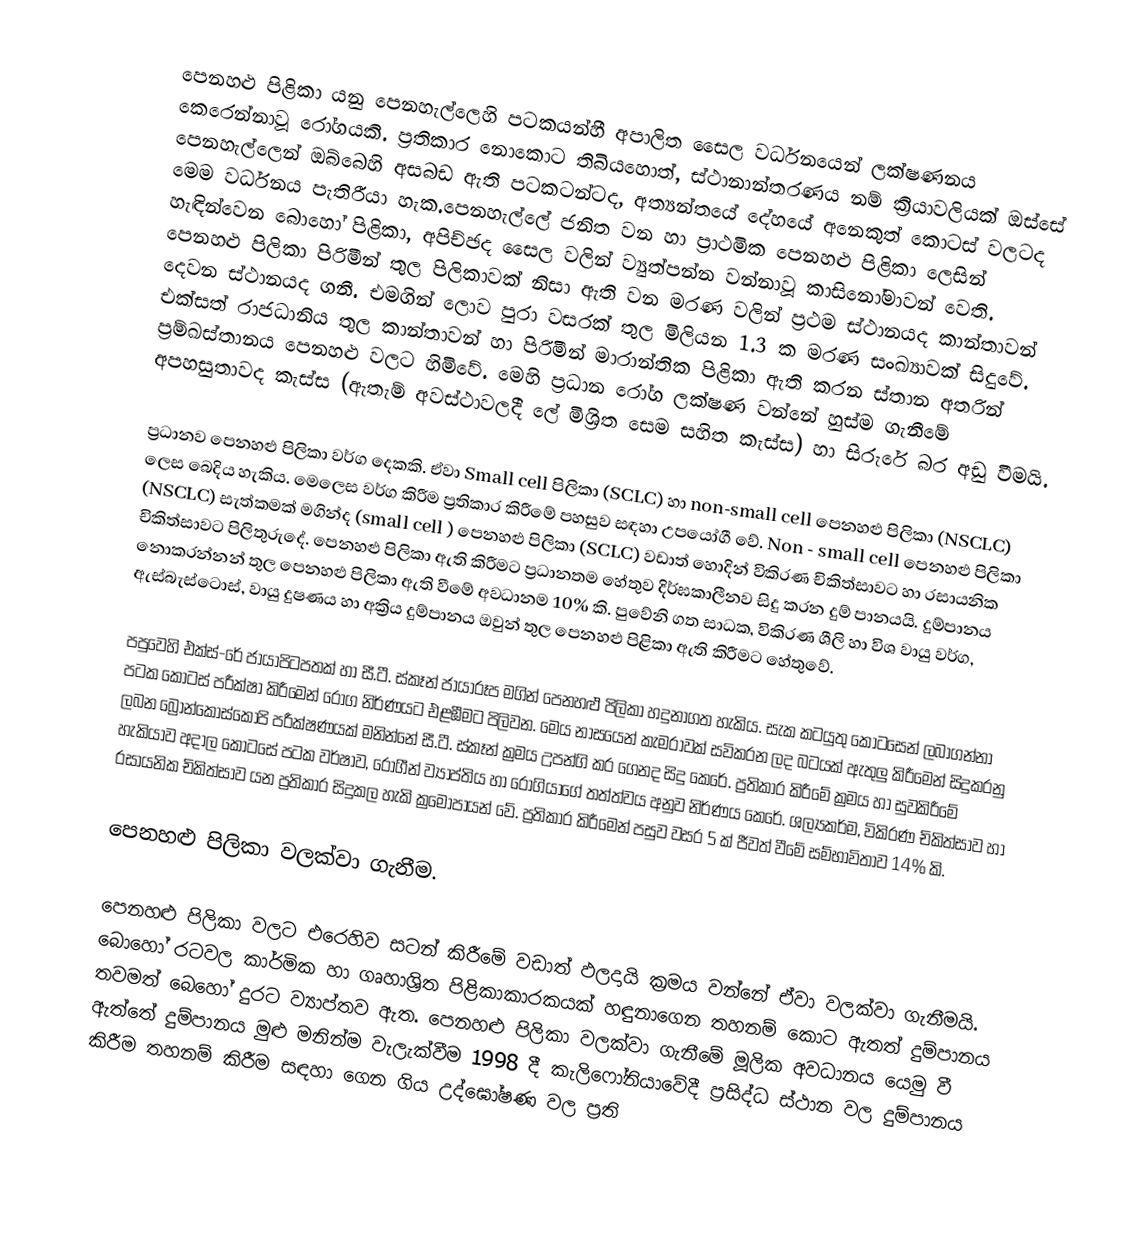
පෙනහළු පිළිකා යනු  පෙනහැල්ලෙහි පටකයන්හී අපාලිත සෛල වර්ධනයෙන් ලක්ෂණනය  කෙරෙන්නාවූ රෝගයකි. ප්‍රතිකාර නොකොට තිබියහොත්, ස්ථානාන්තරණය නම් ක්‍රියාවලියක් ඔස්සේ පෙනහැල්ලෙන්  ඔබ්බෙහි අසබඩ ඇති පටකටන්ටද, අත්‍යන්තයේ දේහයේ අනෙකුත් කොටස් වලටද මෙම වර්ධනය පැතිරීයා හැක.පෙනහැල්ලේ ජනිත වන හා  ප්‍රාථමික පෙනහළු පිළිකා ලෙසින් හැඳින්වෙන බොහෝ පිළිකා,  අපිච්ඡද සෛල වලින් ව්‍යුත්පන්න වන්නාවූ කාසිනෝමාවන් වෙති. පෙනහළු පිලිකා පිරිමීන් තුල පිලිකාවක් නිසා ඇති වන මරණ වලින් ප්‍රථම ස්ථානයද කාන්තාවන් දෙවන ස්ථානයද ගනී. එමගින් ලොව පුරා වසරක් තුල මිලියන 1.3 ක මරණ සංඛ්‍යාවක් සිදුවේ. එක්සත් රාජධානිය තුල කාන්තාවන් හා පිරිමීන් මාරාන්තික පිළිකා ඇති කරන ස්තාන අතරින් ප්‍රම්ඛස්තානය පෙනහළු වලට හිමිවේ. මෙහි ප්‍රධාන රෝග ලක්ෂණ වන්නේ හුස්ම ගැනීමේ අපහසුතාවද කැස්ස (ඇතැම් අවස්ථාවලදී ලේ මිශ්‍රිත සෙම සහිත කැස්ස) හා සිරුරේ බර අඩු වීමයි.

ප්‍රධානව පෙනහළු පිලිකා වර්ග දෙකකි. ඒවා Small cell පිලිකා (SCLC) හා non-small cell පෙනහළු පිලිකා (NSCLC) ලෙස බෙදිය හැකිය. මෙලෙස වර්ග කිරීම ප්‍රතිකාර කිරීමේ පහසුව සඳහා උපයෝගී වේ. Non - small cell පෙනහළු පිලිකා (NSCLC) සැත්කමක් මගින්ද (small cell ) පෙනහළු පිලිකා (SCLC) වඩාත් හොදින් විකිරණ චිකිත්සාවට හා රසායනික චිකිත්සාවට පිලිතුරුදේ. පෙනහළු පිලිකා ඇති කිරීමට ප්‍රධානතම හේතුව දිර්ඝකාලීනව සිදු කරන දුම් පානයයි. දුම්පානය නොකරන්නන් තුල පෙනහළු පිලිකා ඇති වීමේ අවධානම 10% කි. පුවේනි ගත සාධක, විකිරණ ශීලි හා විශ වායු වර්ග, ඇස්බැස්ටොස්, වායු දුෂණය හා අක්‍රිය දුම්පානය ඔවුන් තුල පෙනහළු පිළිකා ඇති කිරීමට හේතුවේ.

පපුවෙහි එක්ස්-රේ ජායාපිටපතක් හා සී.ටී. ස්කෑන් ජායාරූප මගින් පෙනහළු පිලිකා හදුනාගත හැකිය. සැක කටයුතු කොටසෙන් ලබාගන්නා පටක කොටස් පරීක්ෂා කිරීමෙන් රෝග නිර්ණයට එළඹීමට පිලිවන. මෙය නාසයෙන් කැමරාවක් සවිකරන ලද බටයක් ඇතුලු කිරීමෙන් සිදුකරනු ලබන බ්‍රොන්කොස්කොපි පරීක්ෂණයක් මනින්නේ සී.ටී. ස්කෑන් ක්‍රමය උපන්ගි කර ගෙනද සිදු කෙරේ. ප්‍රතිකාර කිරීමේ ක්‍රමය හා සුවකිරීමේ හැකියාව අදාල කොටසේ පටක වර්ෂාව, රෝගීන් ව්‍යාප්තිය හා රෝගියාගේ තත්ත්වය අනුව නිර්ණය කෙරේ. ශල්‍යකර්ම, විකිරණ චිකිත්සාව හා රසායනික චිකිත්සාව යන ප්‍රතිකාර සිදුකල හැකි ක්‍රමෝපායන් වේ. ප්‍රතිකාර කිරීමෙන් පසුව වසර 5 ක් ජීවත් වීමේ සම්භාවිතාව 14% කි.

පෙනහළු පිලිකා වලක්වා ගැනීම.

පෙනහළු පිලිකා වලට එරෙහිව සටන් කිරීමේ වඩාත් ඵලදායි ක්‍රමය වන්නේ ඒවා වලක්වා ගැනීමයි. බොහෝ රටවල කාර්මික හා ගෘහාශ්‍රිත පිළිකාකාරකයක් හඳුනාගෙන තහනම් කොට ඇතත් දුම්පානය තවමත් බෙ‍හෝ දුරට ව්‍යාප්තව ඇත. පෙනහළු පිලිකා වලක්වා ගැනීමේ මූලික අවධානය යෙමු වී ඇත්තේ දුම්පානය මුළු මනින්ම වැලැක්වීම 1998 දී කැලිෆෝනියාවේදී ප්‍රසිද්ධ ස්ථාන වල දුම්පානය කිරීම තහනම් කිරීම සඳහා ගෙන ගිය උද්ඝෝෂණ වල ප්‍රති